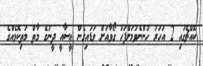
ކޮއްޗޭގައި 2 އަހަރު ހުންނެވުމަށްފަހު ގޯވާއަށް ވަޑައިގެން ޢީސާއީ ދީނުގެ މާތް މަތިކޮޅެއްގެ